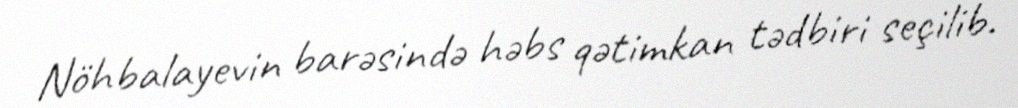
Nöhbalayevin barəsində həbs qətimkan tədbiri seçilib.